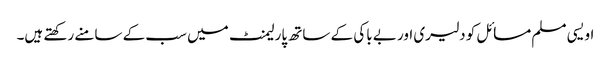
اویسی مسلم مسائل کو دلیری اور بے باکی کے ساتھ پارلیمنٹ میں سب کے سامنے رکھتے ہیں۔